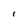
Character: r